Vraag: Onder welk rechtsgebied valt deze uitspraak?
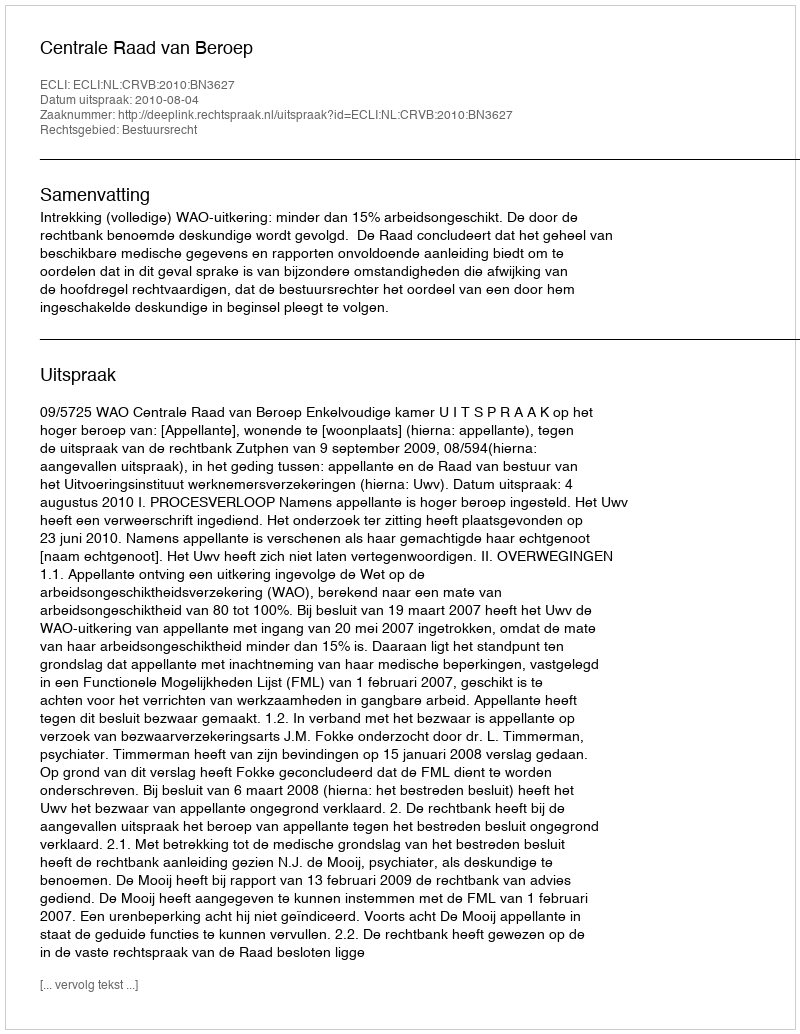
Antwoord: Bestuursrecht